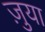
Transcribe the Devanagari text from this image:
ज़ुया